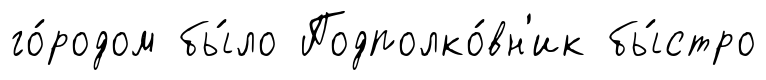
го́родом бы́ло Подполко́вн'ик бы́стро